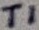
Text: T1